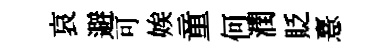
哀避可娭童何潤貶憙